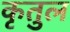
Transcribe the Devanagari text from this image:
कृतुल